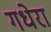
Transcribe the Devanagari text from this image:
गधेरा